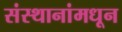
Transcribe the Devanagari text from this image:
संस्थानांमधून